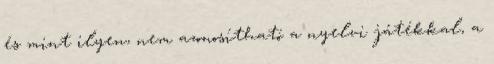
és mint ilyen, nem azonosítható a nyelvi játékkal, a